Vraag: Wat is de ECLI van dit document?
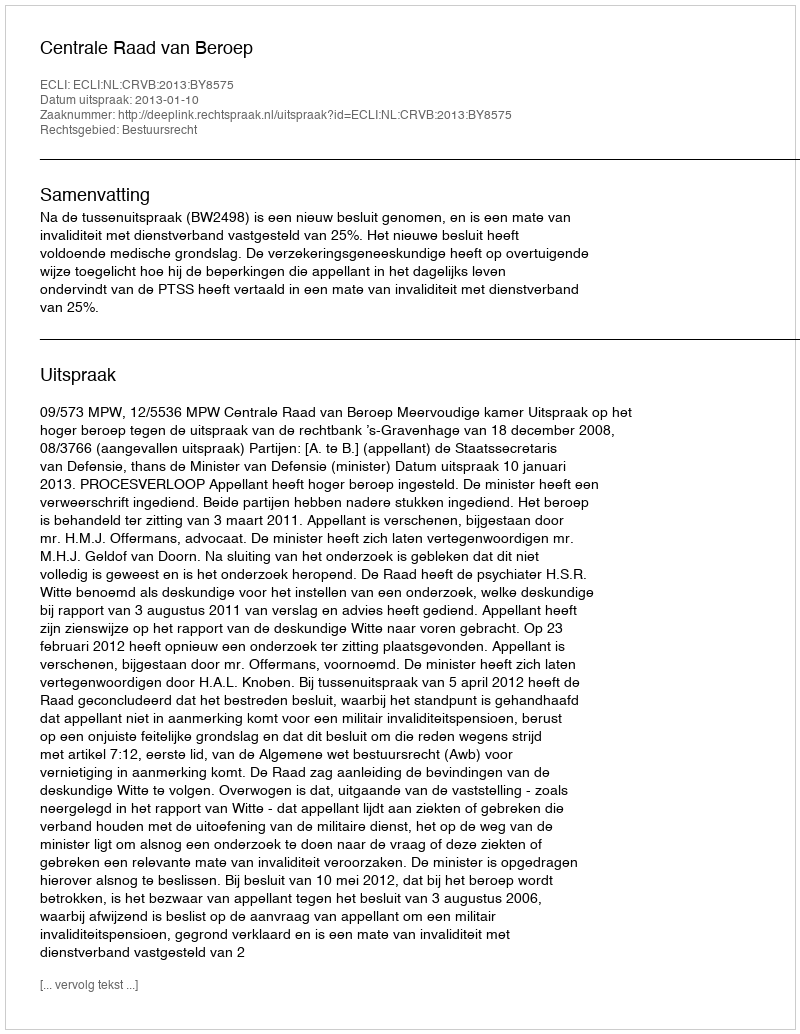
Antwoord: ECLI:NL:CRVB:2013:BY8575